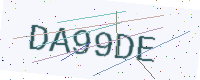
Text: DA99DE